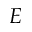
E